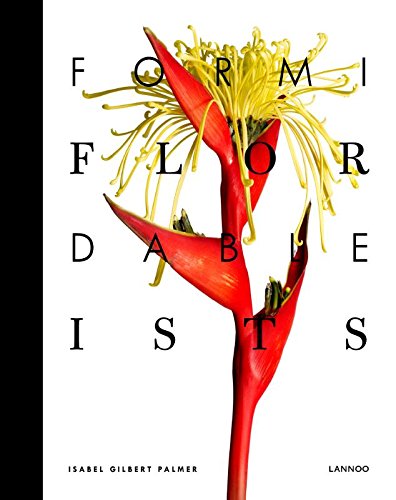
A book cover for Formidable Florists; Isabel Gilbert Palmer; Crafts, Hobbies & Home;